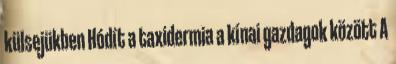
külsejükben Hódít a taxidermia a kínai gazdagok között A